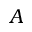
A